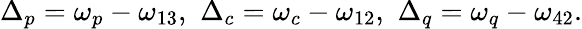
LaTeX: \Delta_{p}=\omega_{p}-\omega_{13},\, \, \Delta_{c}=\omega_{c}-\omega_{12},\, \, \Delta_{q}=\omega_{q}-\omega_{42}.